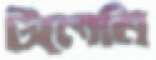
টলেমি